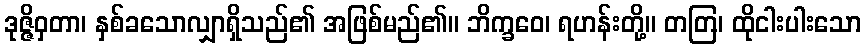
ဒုဇ္ဇိဝှတာ၊ နှစ်ခသောလျှာရှိသည်၏ အဖြစ်မည်၏။ ဘိက္ခဝေ၊ ရဟန်းတို့။ တတြ၊ ထိုငါးပါးသော